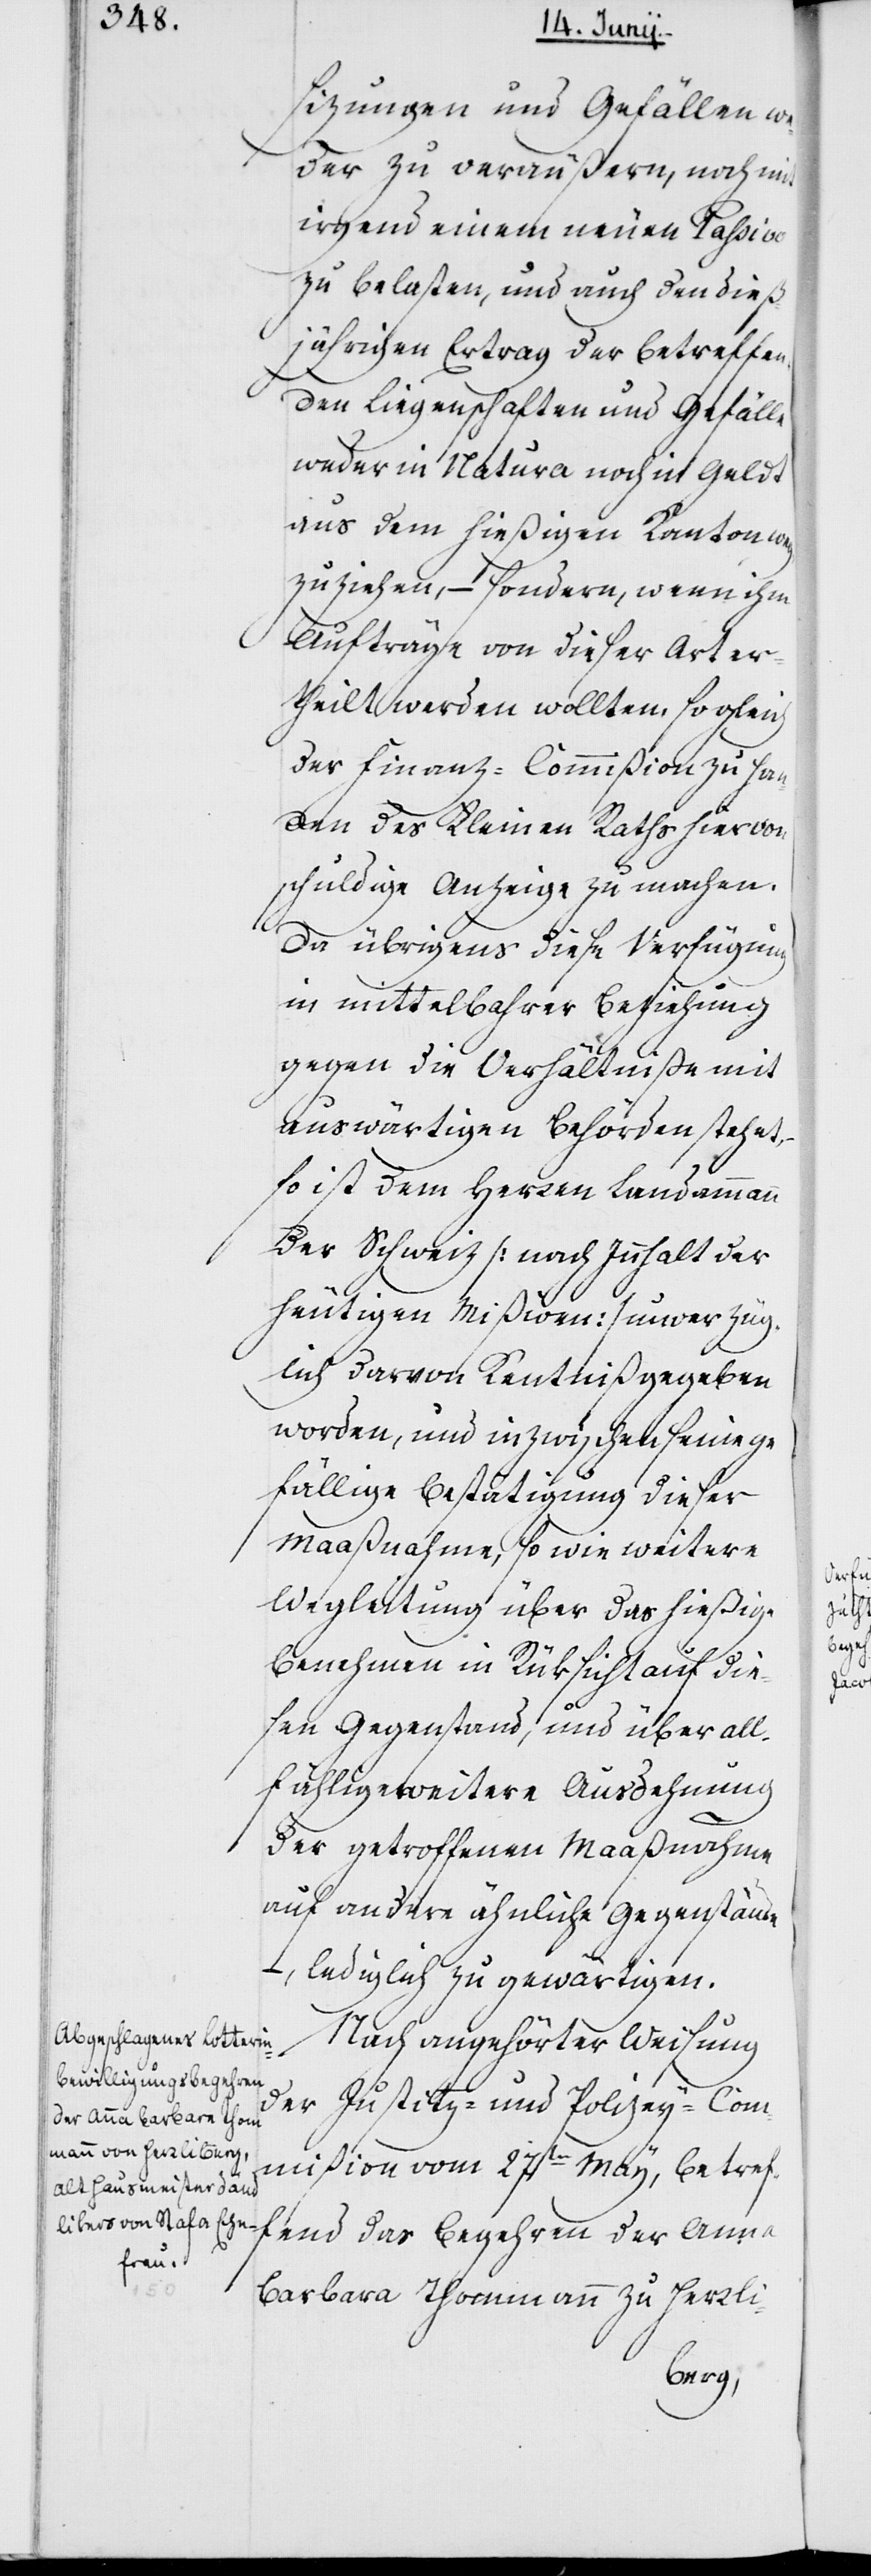
sizungen und Gefällen we¬
der zu veräußern, noch mit
irgend einem neuen Paßivo
zu belasten, und auch den dieß¬
jährigen Ertrag der betreffen¬
den Liegenschaften und Gefälle
weder in Natura noch in Geldt
aus dem hießigen Kanton weg¬
zuziehen, – sondern, wenn ihm
Aufträge von dieser Art er¬
theilt werden wollten, sogleich
der Finanz-Commißion zu Han¬
den des Kleinen Raths hiervon
schuldige Anzeige zu machen.
Da übrigens diese Verfügung
in mittelbarer Beziehung
gegen die Verhältniße mit
auswärtigen Behörden stehet,
so ist dem Herren Landammann
der Schweiz (nach Innhalt der
heutigen Mißiven) unverzüg¬
lich darvon Kenntniß gegeben
worden, und inzwischen seine ge¬
fällige Bestätigung dieser
Maaßnahme, so wie weitere
Wegleitung über das hießige
Benehmen in Rüksicht auf die¬
sen Gegenstand, und über all¬
fählige weitere Ausdehnung
der getroffenen Maaßnahme
auf andern ähnliche Gegenstän¬
de, – lediglich zu gewärtigen.
Nach angehörter Weisung
der Justitz- und Polizey-Com¬
mißion vom 27sten May, betref¬
fend das Begehren der Anna
Barbara Thommann zu Herrli-